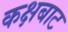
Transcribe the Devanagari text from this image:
कक्षबाट